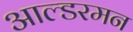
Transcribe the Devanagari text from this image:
आल्डरमन